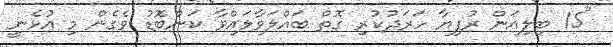
"15 ބިލިއަން ރުފިޔާ ހަރަދުކުރި ގޮތް ބައްލަވާލައްވާ ކަންބޮޑު ވެގެން މި އުޅެނީ